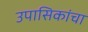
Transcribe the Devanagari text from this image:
उपासिकांचा